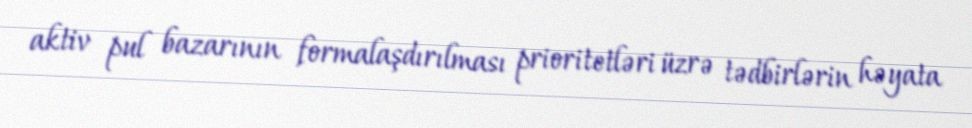
aktiv pul bazarının formalaşdırılması prioritetləri üzrə tədbirlərin həyata